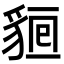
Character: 𧳔